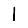
Digit: 1